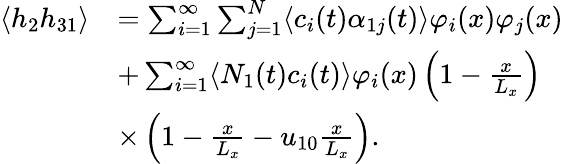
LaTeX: \begin{array}{rl}{\langle h_{2}h_{31}\rangle}&{=\sum_{i=1}^{\infty}\sum_{j=1}^{N}\langle c_{i}(t)\alpha_{1j}(t)\rangle\varphi_{i}(x)\varphi_{j}(x)}\\ &{+\sum_{i=1}^{\infty}\langle N_{1}(t)c_{i}(t)\rangle\varphi_{i}(x)\left(1-\frac{x}{L_{x}}\right)}\\ &{\times\left(1-\frac{x}{L_{x}}-u_{10}\frac{x}{L_{x}}\right).}\end{array}